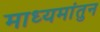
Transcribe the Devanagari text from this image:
माध्यमांतुन